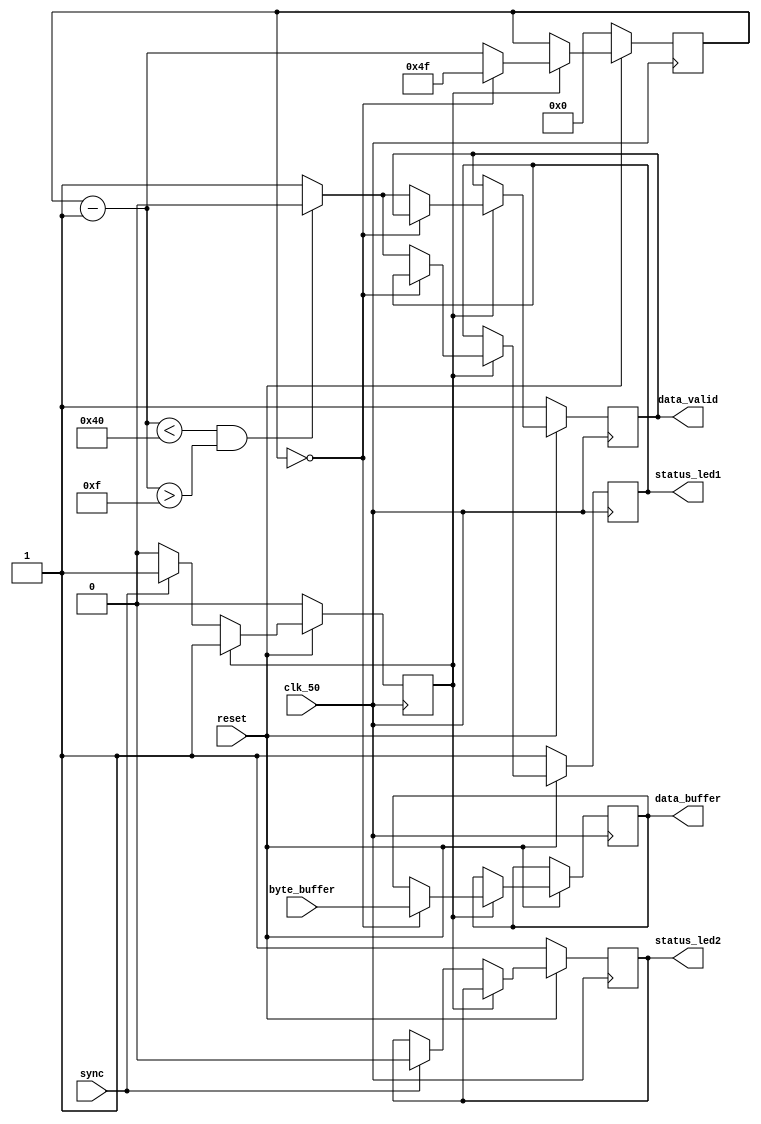
module WD_Decoder (reset, clk_50, sync,
                   byte_buffer, data_buffer,
                   data_valid, status_led1, status_led2);

   parameter ID_VAL = 8'h1a;

   input        reset;
   input        clk_50;
   // Input from gap scanner, active high
   input        sync;

   input  [7:0] byte_buffer;
   output [7:0] data_buffer;
   output       data_valid;
   output       status_led1;
   output       status_led2;

   reg          data_valid;
   reg [7:0]    data_buffer;
   reg [7:0]    counter;
   reg          status_led1;
   reg          status_led2;
   reg          synced;

   always @(posedge clk_50) begin
      if (~reset) begin
         status_led1 = 1;
         status_led2 = 1;
         synced = 0;
         data_valid = 1;
         counter = 0;
      end
      else if (synced) begin
         if (counter == 0) begin
            data_buffer = byte_buffer;
            counter = 7'h4F;
         end
         else begin
            counter = counter - 1;
            // Data is valid 15 clock cycles after
            // it's latched, and 15 cycles before
            // the next expected read.
            if (counter < 7'h40 && counter > 7'h0f) begin
               status_led1 = 0;
               data_valid = 0; // Valid. Active low
            end
            else begin
               status_led1 = 1;
               data_valid = 1; // Not valid. Active low
            end
         end
      end
      else begin
         // Latch the sync signal from the gap scanner.
         if (sync) begin
            synced = 1;
            status_led2 = 0;
         end
      end
   end

endmodule